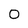
Character: 0